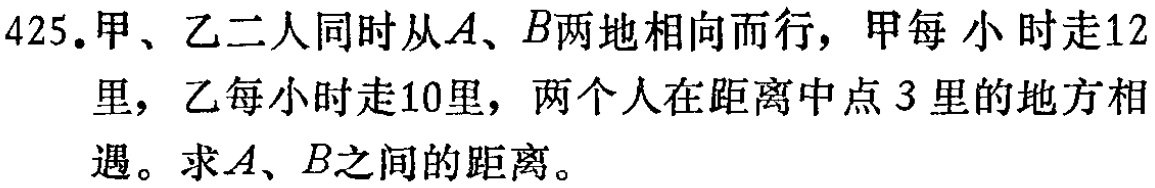
425.甲、乙二人同时从\(A、B\)两地相向而行，甲每小时走12里，乙每小时走10里，两个人在距离中点3里的地方相遇。求\(A、B\)之间的距离。